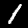
Digit: 1